Civil Veterinary Dept. Bombay admin report 1932-41 - 1932-1941
Year: 1932
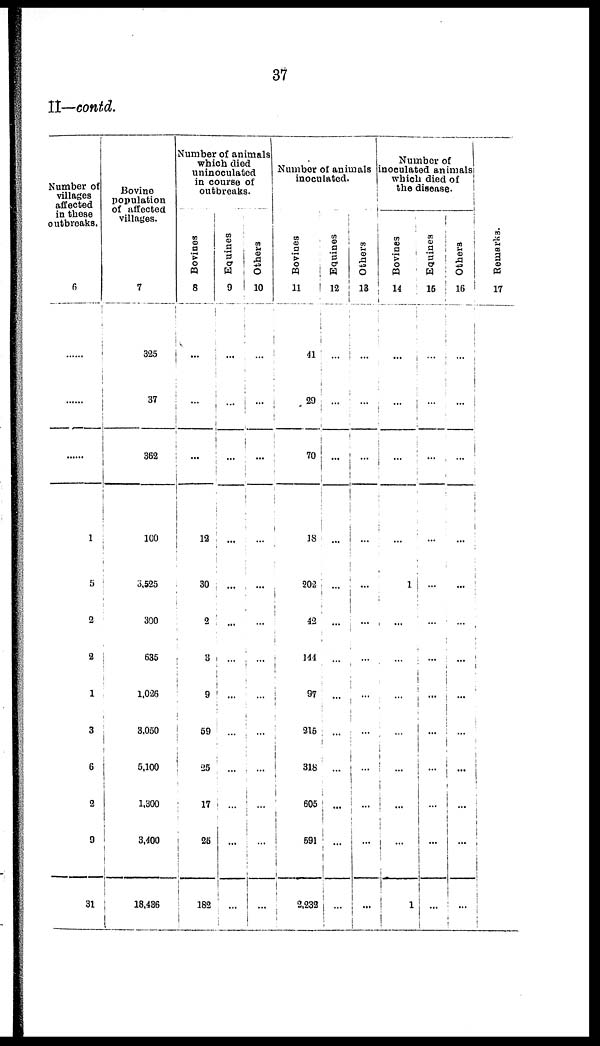
37
II—contd.
Number of
villages
affected
in these
outbreaks.
6
......
......
......
1
5
2
2
1
3
6
2
9
31
Bovine
population
of affected
villages.
7
325
37
362
100
3,525
300
635
1,026
3,050
5,100
1,300
3,400
18,436
Number of animals
which died
uninoculated
in course of
outbreaks.
Bovines
8
...
...
...
12
30
2
3
9
59
25
17
25
182
Equines
9
...
...
...
...
...
...
...
...
...
...
...
...
...
Others
10
...
...
...
...
...
...
...
...
...
...
...
...
...
Number of animals
inoculated.
Bovines
11
41
29
70
18
202
42
141
97
215
318
605
591
2,232
Equines
12
...
...
...
...
...
...
...
...
...
...
...
...
...
Others
13
...
...
...
...
...
...
...
...
...
...
...
...
...
Number of
inoculated animals
which died of
the disease.
Bovines
14
...
...
..
...
1
...
...
...
...
...
...
...
1
Equines
15
...
...
...
...
...
...
...
...
...
...
...
...
Others
16
...
...
...
...
...
...
...
...
...
...
...
...
...
Remarks.
17